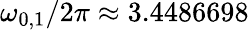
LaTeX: \omega_{0,1}/2\pi\approx 3.4486698